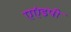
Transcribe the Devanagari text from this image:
एएंडपी